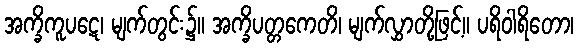
အက္ခိကူပဋေ၊ မျက်တွင်း၌။ အက္ခိပတ္တကေတိ၊ မျက်လွှာတို့ဖြင့်။ ပရိဝါရိတော၊